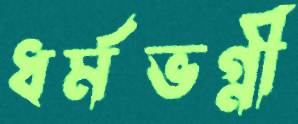
ধর্মভগ্নী